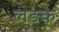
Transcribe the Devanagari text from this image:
लङके